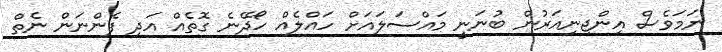
ނަމަވެސް އިންޖިނިއަރުން ބުނަނީ މައްސަލައަށް ހައްލެއް ހޯދޭނެ ގޮތެއް އަދި ފެންނަން ނެތް